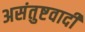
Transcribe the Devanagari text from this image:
असंतुष्टवादी